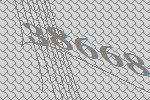
38668